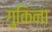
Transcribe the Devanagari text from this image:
गुकिना